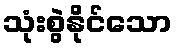
သုံးစွဲနိုင်သော